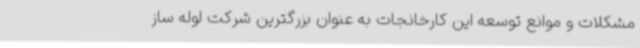
مشکلات و موانع توسعه این کارخانجات به عنوان بزرگترین شرکت لوله ساز